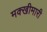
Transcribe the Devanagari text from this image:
मक्खीमारी